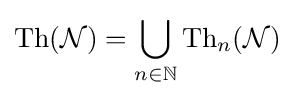
{\mbox{Th}}({\mathcal {N}})=\bigcup _{n\in \mathbb {N} }{\mbox{Th}}_{n}({\mathcal {N}})